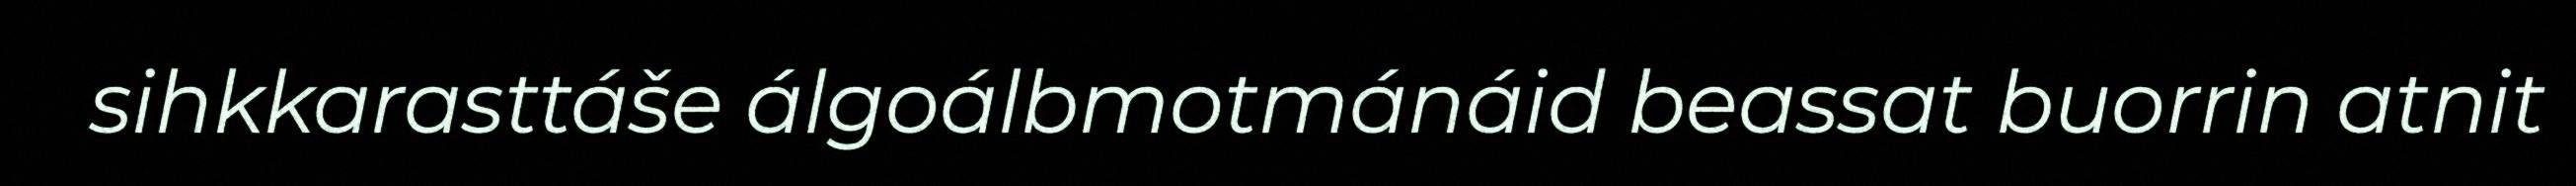
sihkkarasttáše álgoálbmotmánáid beassat buorrin atnit